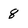
Character: 8